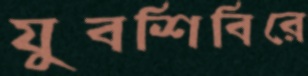
যুবশিবিরে